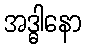
အဒ္ဓါနော